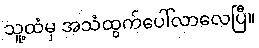
သူ့ထံမှ အသံထွက်ပေါ်လာလေပြီ။